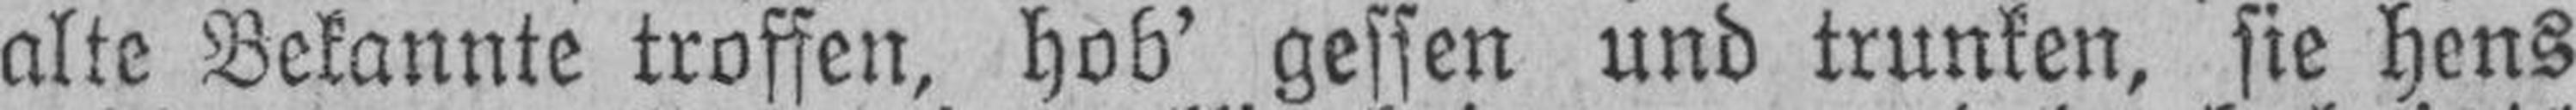
alte Bekannte troffen, hob’ gessen und trunken, sie hens